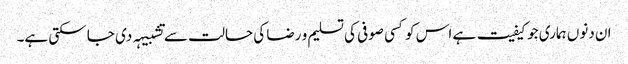
ان دنوں ہماری جو کیفیت ہے اس کو کسی صوفی کی تسلیم و رضا کی حالت سے تشبیہہ دی جا سکتی ہے۔